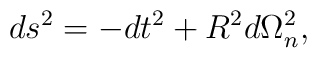
ds^2 = -dt^2 +R^2d\Omega_n^2,